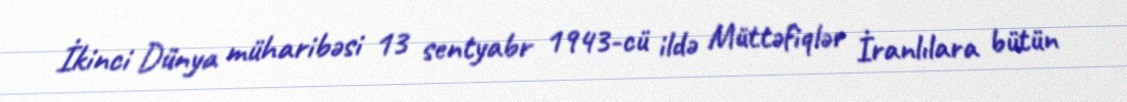
İkinci Dünya müharibəsi 13 sentyabr 1943-cü ildə Müttəfiqlər İranlılara bütün